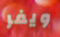
ويفر